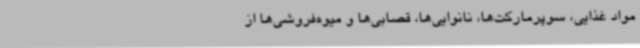
مواد غذایی، سوپرمارکت‌ها، نانوایی‌ها، قصابی‌ها و میوه‌فروشی‌ها از